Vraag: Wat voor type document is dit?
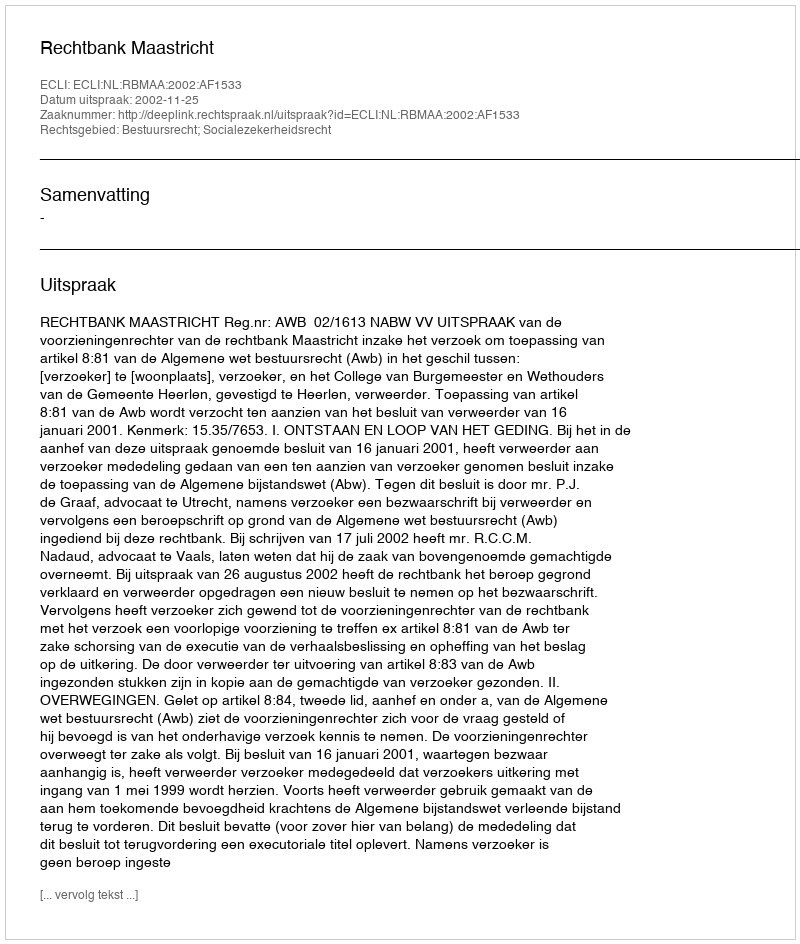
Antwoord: Uitspraak